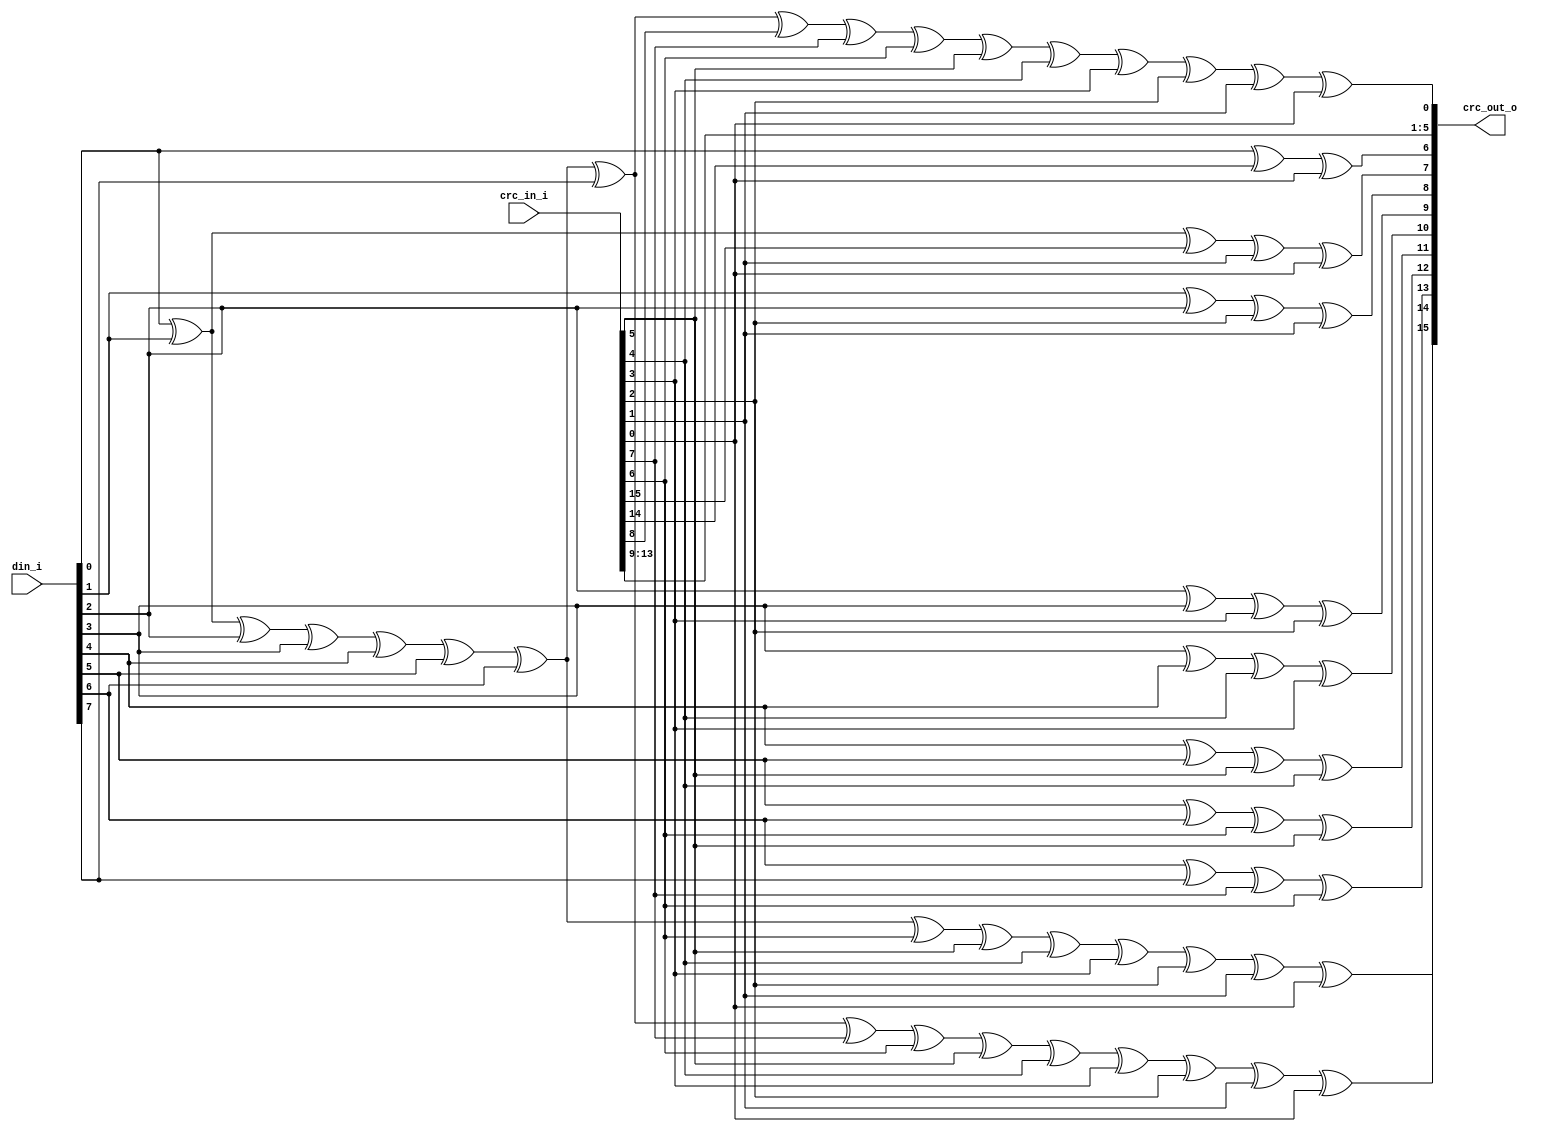
module usbf_crc16
(
    // Inputs
     input  [ 15:0]  crc_in_i
    ,input  [  7:0]  din_i

    // Outputs
    ,output [ 15:0]  crc_out_o
);



//-----------------------------------------------------------------
// Logic
//-----------------------------------------------------------------
assign crc_out_o[15] =    din_i[0] ^ din_i[1] ^ din_i[2] ^ din_i[3] ^ din_i[4] ^ din_i[5] ^ din_i[6] ^ din_i[7] ^ 
                        crc_in_i[7] ^ crc_in_i[6] ^ crc_in_i[5] ^ crc_in_i[4] ^ crc_in_i[3] ^ crc_in_i[2] ^ crc_in_i[1] ^ crc_in_i[0];
assign crc_out_o[14] =    din_i[0] ^ din_i[1] ^ din_i[2] ^ din_i[3] ^ din_i[4] ^ din_i[5] ^ din_i[6] ^
                        crc_in_i[6] ^ crc_in_i[5] ^ crc_in_i[4] ^ crc_in_i[3] ^ crc_in_i[2] ^ crc_in_i[1] ^ crc_in_i[0];
assign crc_out_o[13] =    din_i[6] ^ din_i[7] ^ 
                        crc_in_i[7] ^ crc_in_i[6];
assign crc_out_o[12] =    din_i[5] ^ din_i[6] ^ 
                        crc_in_i[6] ^ crc_in_i[5];
assign crc_out_o[11] =    din_i[4] ^ din_i[5] ^ 
                        crc_in_i[5] ^ crc_in_i[4];
assign crc_out_o[10] =    din_i[3] ^ din_i[4] ^ 
                        crc_in_i[4] ^ crc_in_i[3];
assign crc_out_o[9] =     din_i[2] ^ din_i[3] ^ 
                        crc_in_i[3] ^ crc_in_i[2];
assign crc_out_o[8] =     din_i[1] ^ din_i[2] ^ 
                        crc_in_i[2] ^ crc_in_i[1];
assign crc_out_o[7] =     din_i[0] ^ din_i[1] ^ 
                        crc_in_i[15] ^ crc_in_i[1] ^ crc_in_i[0];
assign crc_out_o[6] =     din_i[0] ^ 
                        crc_in_i[14] ^ crc_in_i[0];
assign crc_out_o[5] =     crc_in_i[13];
assign crc_out_o[4] =     crc_in_i[12];
assign crc_out_o[3] =     crc_in_i[11];
assign crc_out_o[2] =     crc_in_i[10];
assign crc_out_o[1] =     crc_in_i[9];
assign crc_out_o[0] =     din_i[0] ^ din_i[1] ^ din_i[2] ^ din_i[3] ^ din_i[4] ^ din_i[5] ^ din_i[6] ^ din_i[7] ^
                        crc_in_i[8] ^ crc_in_i[7] ^ crc_in_i[6] ^ crc_in_i[5] ^ crc_in_i[4] ^ crc_in_i[3] ^ crc_in_i[2] ^ crc_in_i[1] ^ crc_in_i[0];


endmodule